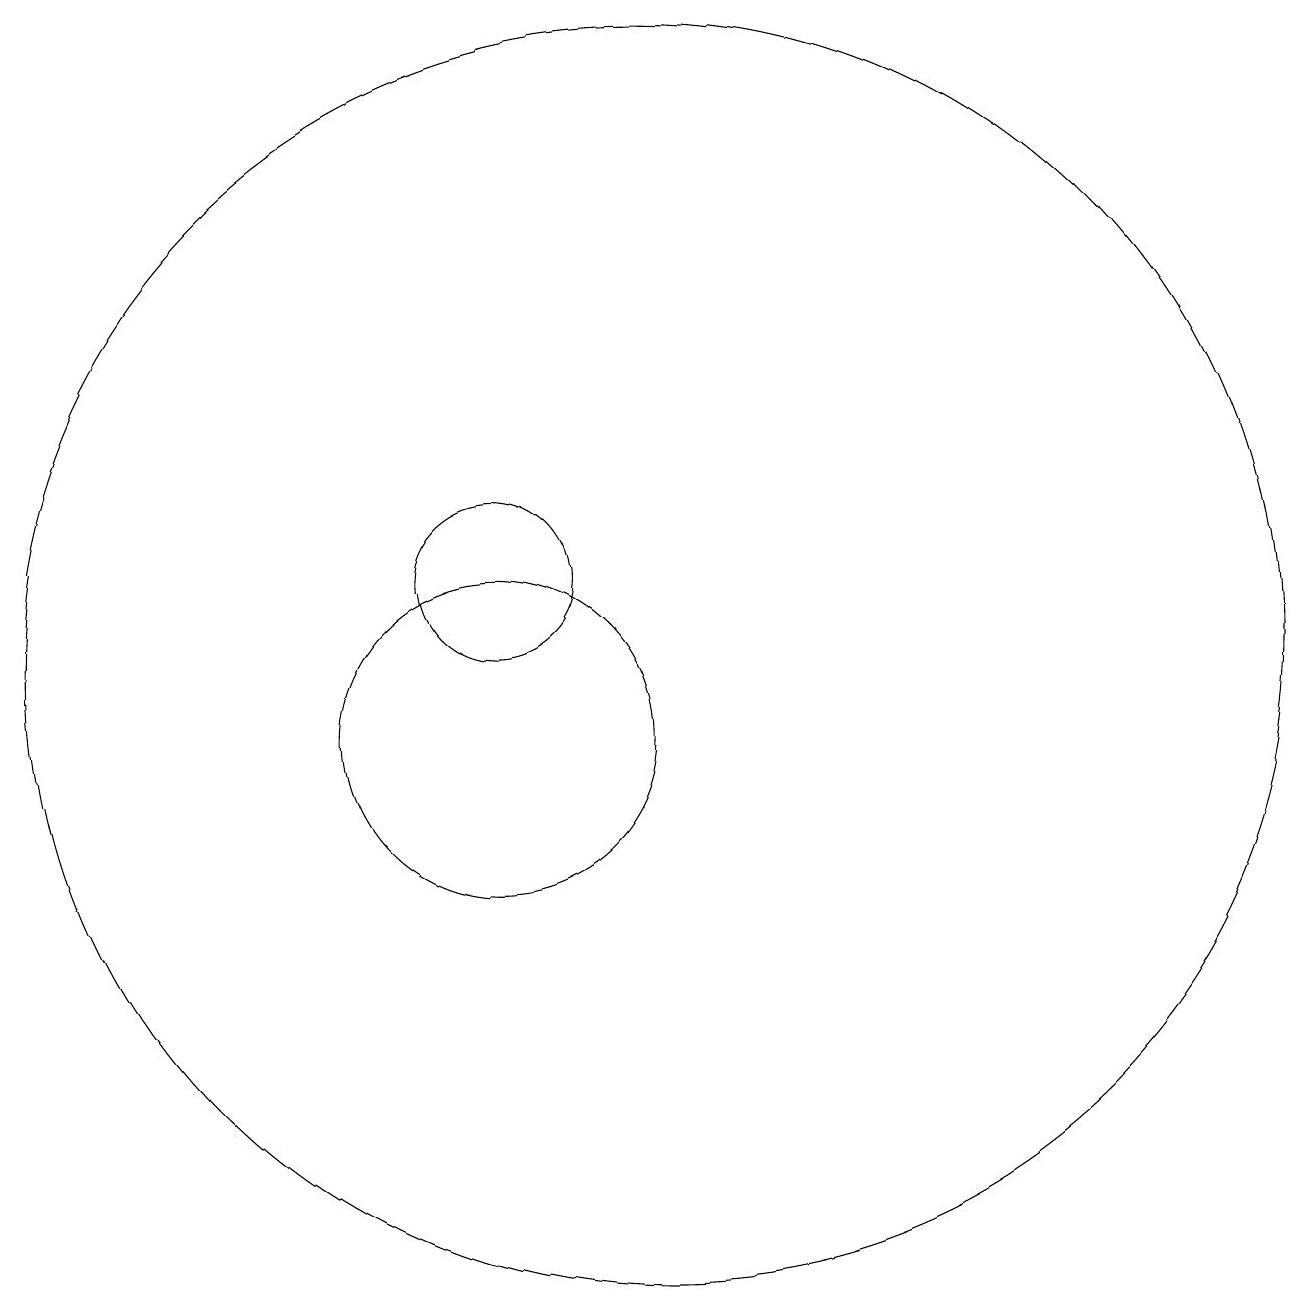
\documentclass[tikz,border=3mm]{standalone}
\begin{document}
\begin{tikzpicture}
\draw (12,11) circle (8);
\draw (10,12) circle (1);
\draw (10,10) circle (2);
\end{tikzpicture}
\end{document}